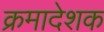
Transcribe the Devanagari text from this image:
क्रमादेशक